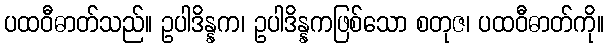
ပထဝီဓာတ်သည်။ ဥပါဒိန္နက၊ ဥပါဒိန္နကဖြစ်သော စတုဇ၊ ပထဝီဓာတ်ကို။